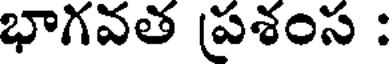
భాగవత ప్రశంస :